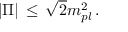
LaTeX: | \Pi | \, \leq \, \sqrt { 2 } m _ { p l } ^ { 2 } \, .